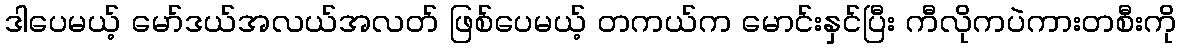
ဒါပေမယ့် မော်ဒယ်အလယ်အလတ် ဖြစ်ပေမယ့် တကယ်က မောင်းနှင်ပြီး ကီလိုကပဲကားတစီးကို